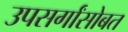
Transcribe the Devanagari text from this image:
उपसर्गांसोबत